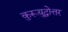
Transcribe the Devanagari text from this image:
कुरूयुद्धोत्तर